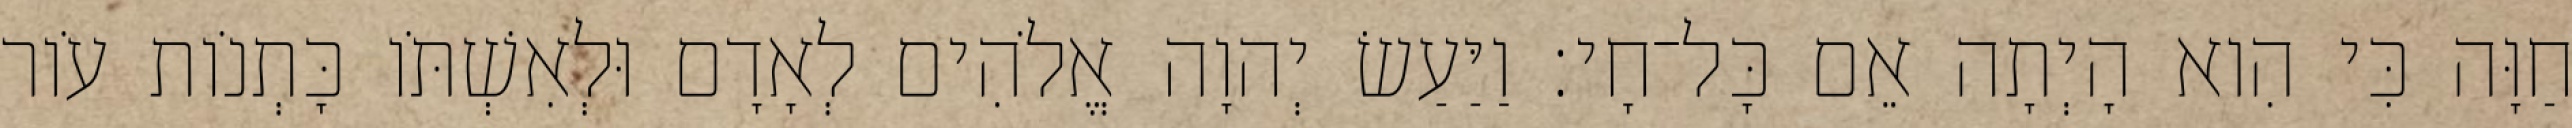
חַוָּה כִּי הִוא הָיְתָה אֵם כָּל־חָי׃ וַיַּעַשׂ יְהוָה אֱלֹהִים לְאָדָם וּלְאִשְׁתֹּו כָּתְנֹות עֹור